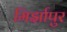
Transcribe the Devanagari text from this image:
मिर्झापुर